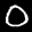
Label: 0